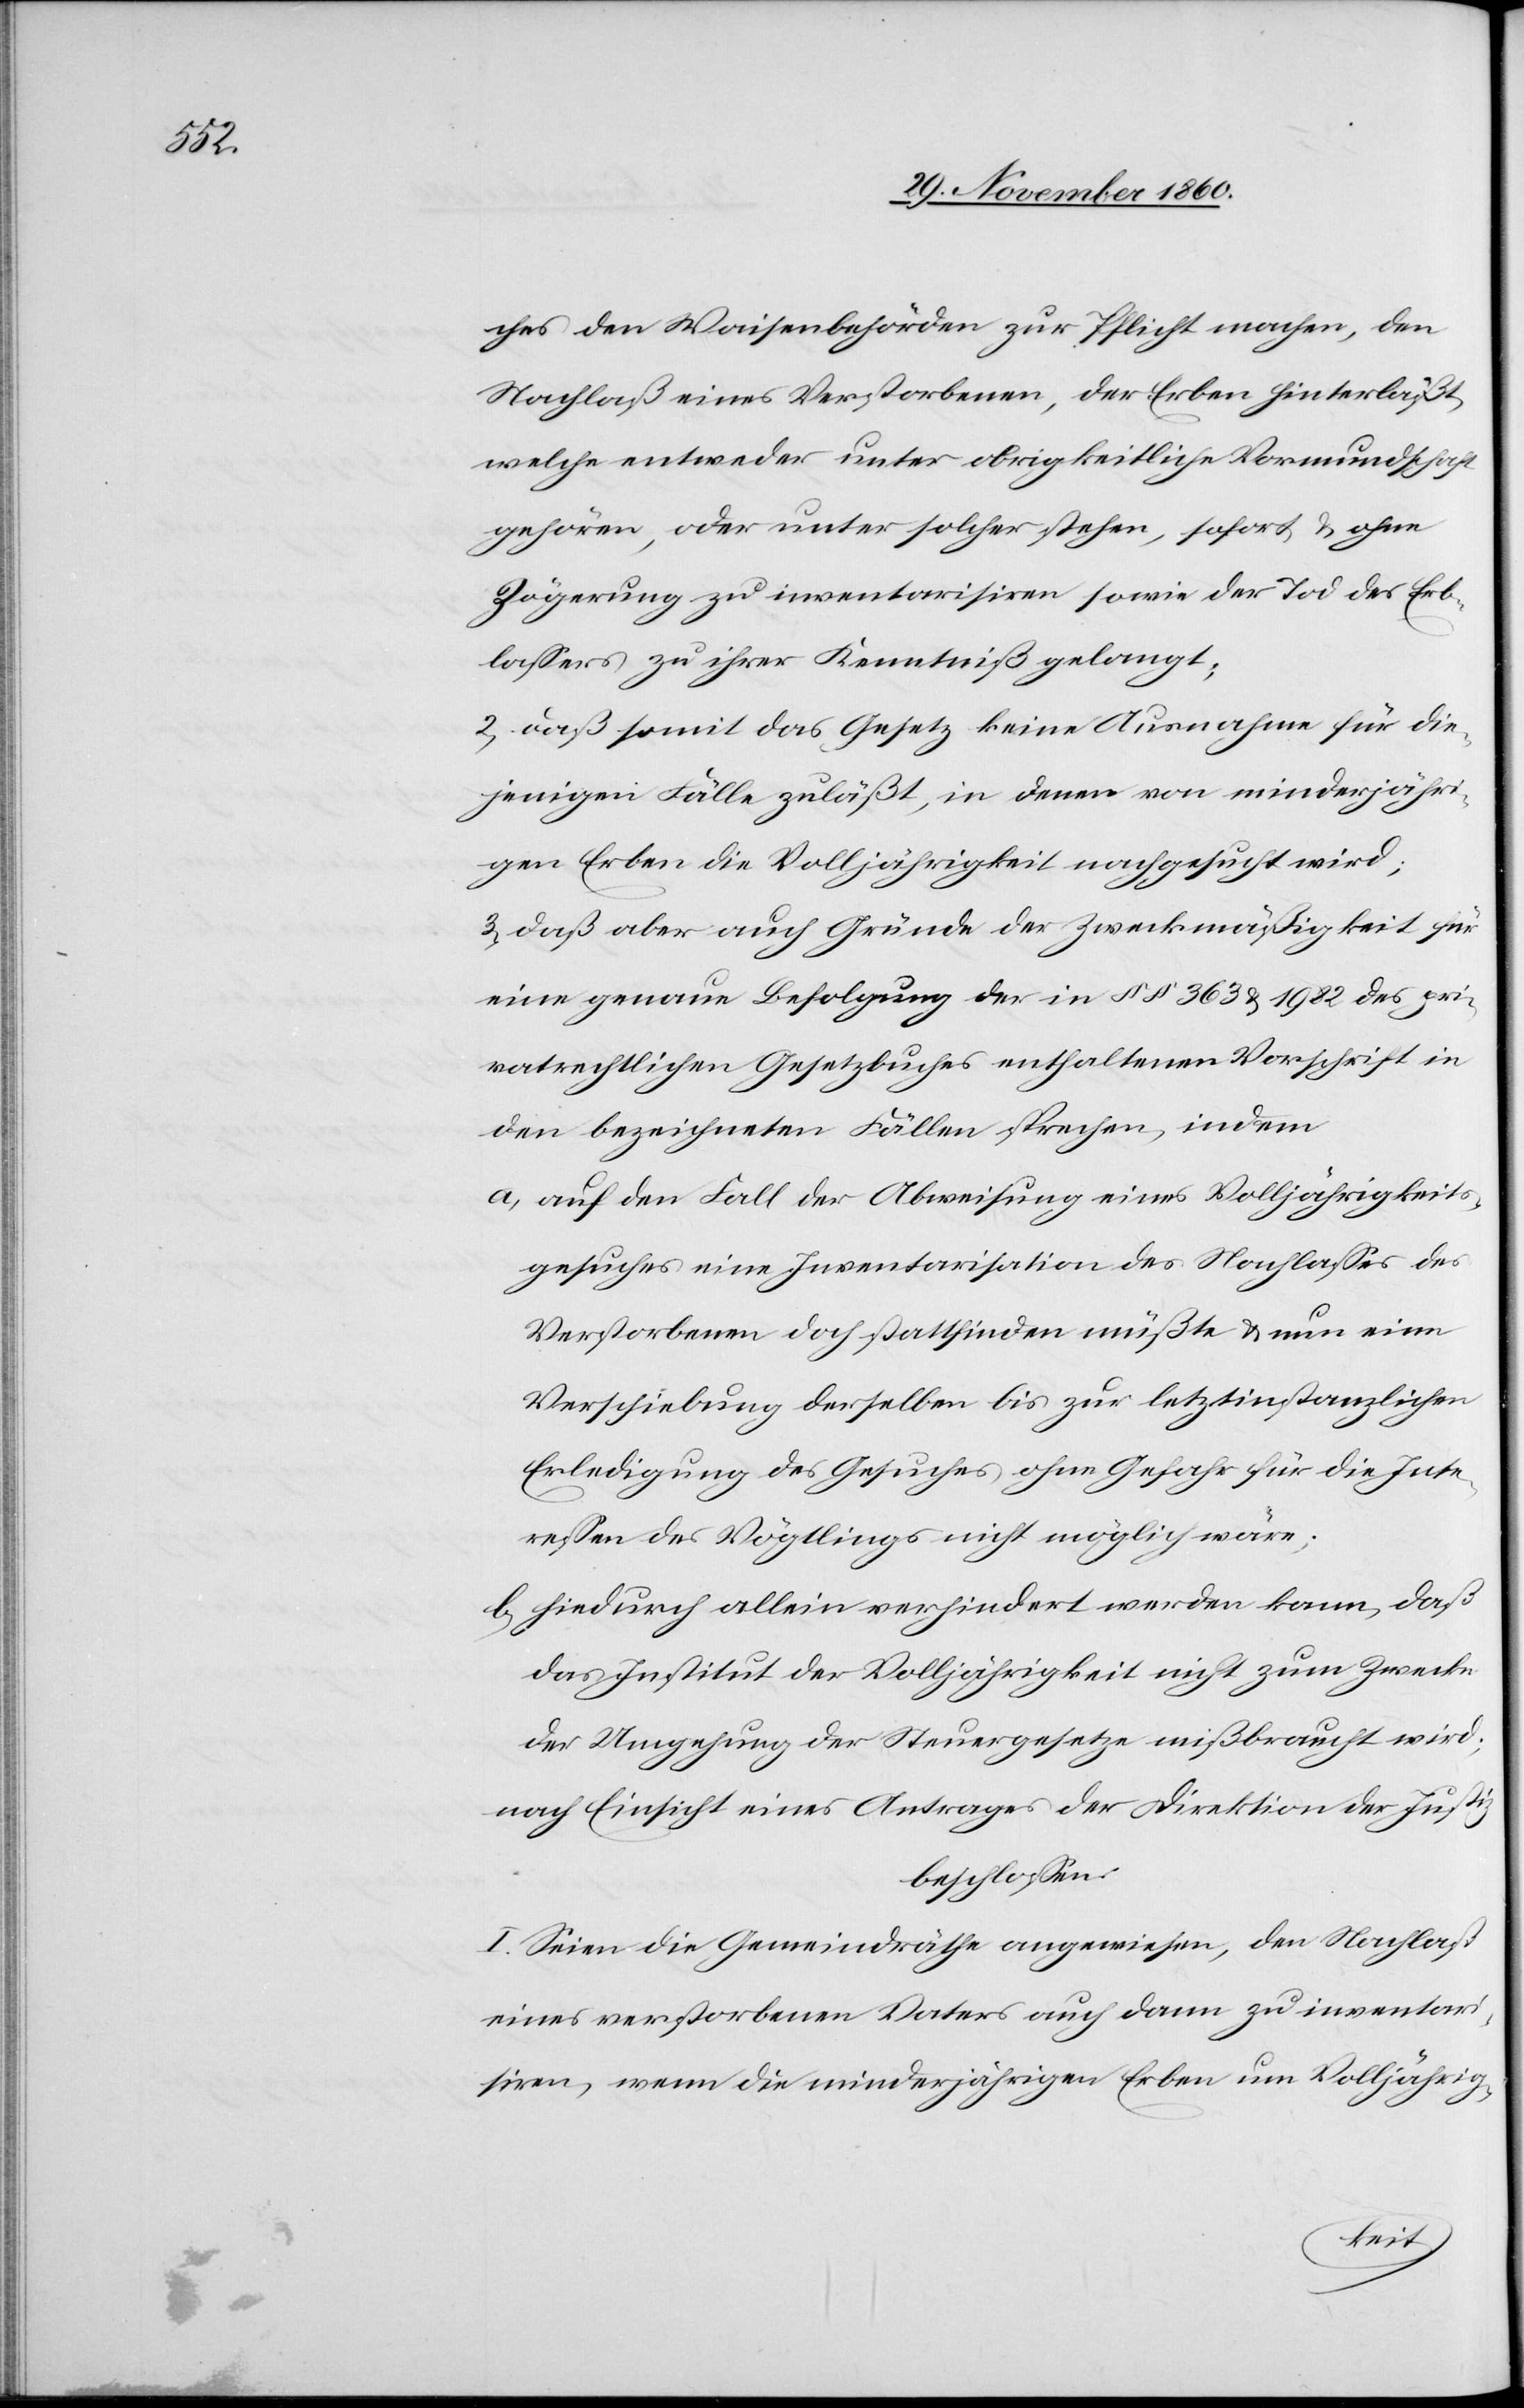
ches den Waisenbehörden zur Pflicht machen, den
Nachlaß eines Verstorbenen, der Erben hinterläßt,
welche entweder unter obrigkeitliche Vormundschaft
gehören, oder unter solcher stehen, sofort u. ohne
Zögerung zu inventarisiren sowie der Tod des Erb¬
lassers zu ihrer Kenntniß gelangt.
2) daß somit das Gesetz keine Ausnahme für die¬
jenigen Fälle zuläßt, in denen von minderjähri¬
gen Erben die Volljährigkeit nachgesucht wird;
3) daß aber auch Gründe der Zweckmäßigkeit für
eine genaue Befolgung der in §§ 363 u. 1982 des pri¬
vatrechtlichen Gesetzbuches enthaltenen Vorschrift in
den bezeichneten Fällen sprechen, indem
a) auf den Fall der Abweisung eines Volljährigkeits¬
gesuches eine Inventarisation des Nachlasses des
Verstorbenen doch stattfinden müßte u. nun eine
Verschiebung derselben bis zur letztinstanzlichen
Erledigung des Gesuches ohne Gefahr für die Inte¬
ressen des Vögtlings nicht möglich wäre.
b) hiedurch allein verhindert werden kann, daß
das Institut der Volljährigkeit nicht zum Zwecke
der Umgehung der Steuergesetze mißbraucht wird;
nach Einsicht eines Antrages der Direktion der Justiz
beschlossen:
I. Seien die Gemeindräthe angewiesen, den Nachlaß
eines verstorbenen Vaters auch dann zu inventari¬
siren, wenn die minderjährigen Erben um Volljährig-